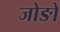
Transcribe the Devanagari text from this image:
जोङों